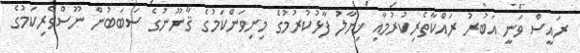
ރައީސް ވަނީ އަބުރު ރައްކާތެރިކުރުމާއި ޚިޔާލު ފާޅުކުރުމުގެ މިނިވަންކަމުގެ ޤާނޫނުގެ ސަބަބުން ނޫސްވެރިކަމުގެ